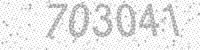
Solution: 703041